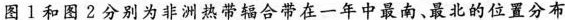
图 1 和图 2 分别为非洲热带辐合带在一年中最南、最北的位置分布